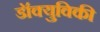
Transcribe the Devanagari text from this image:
डॉक्युविकी